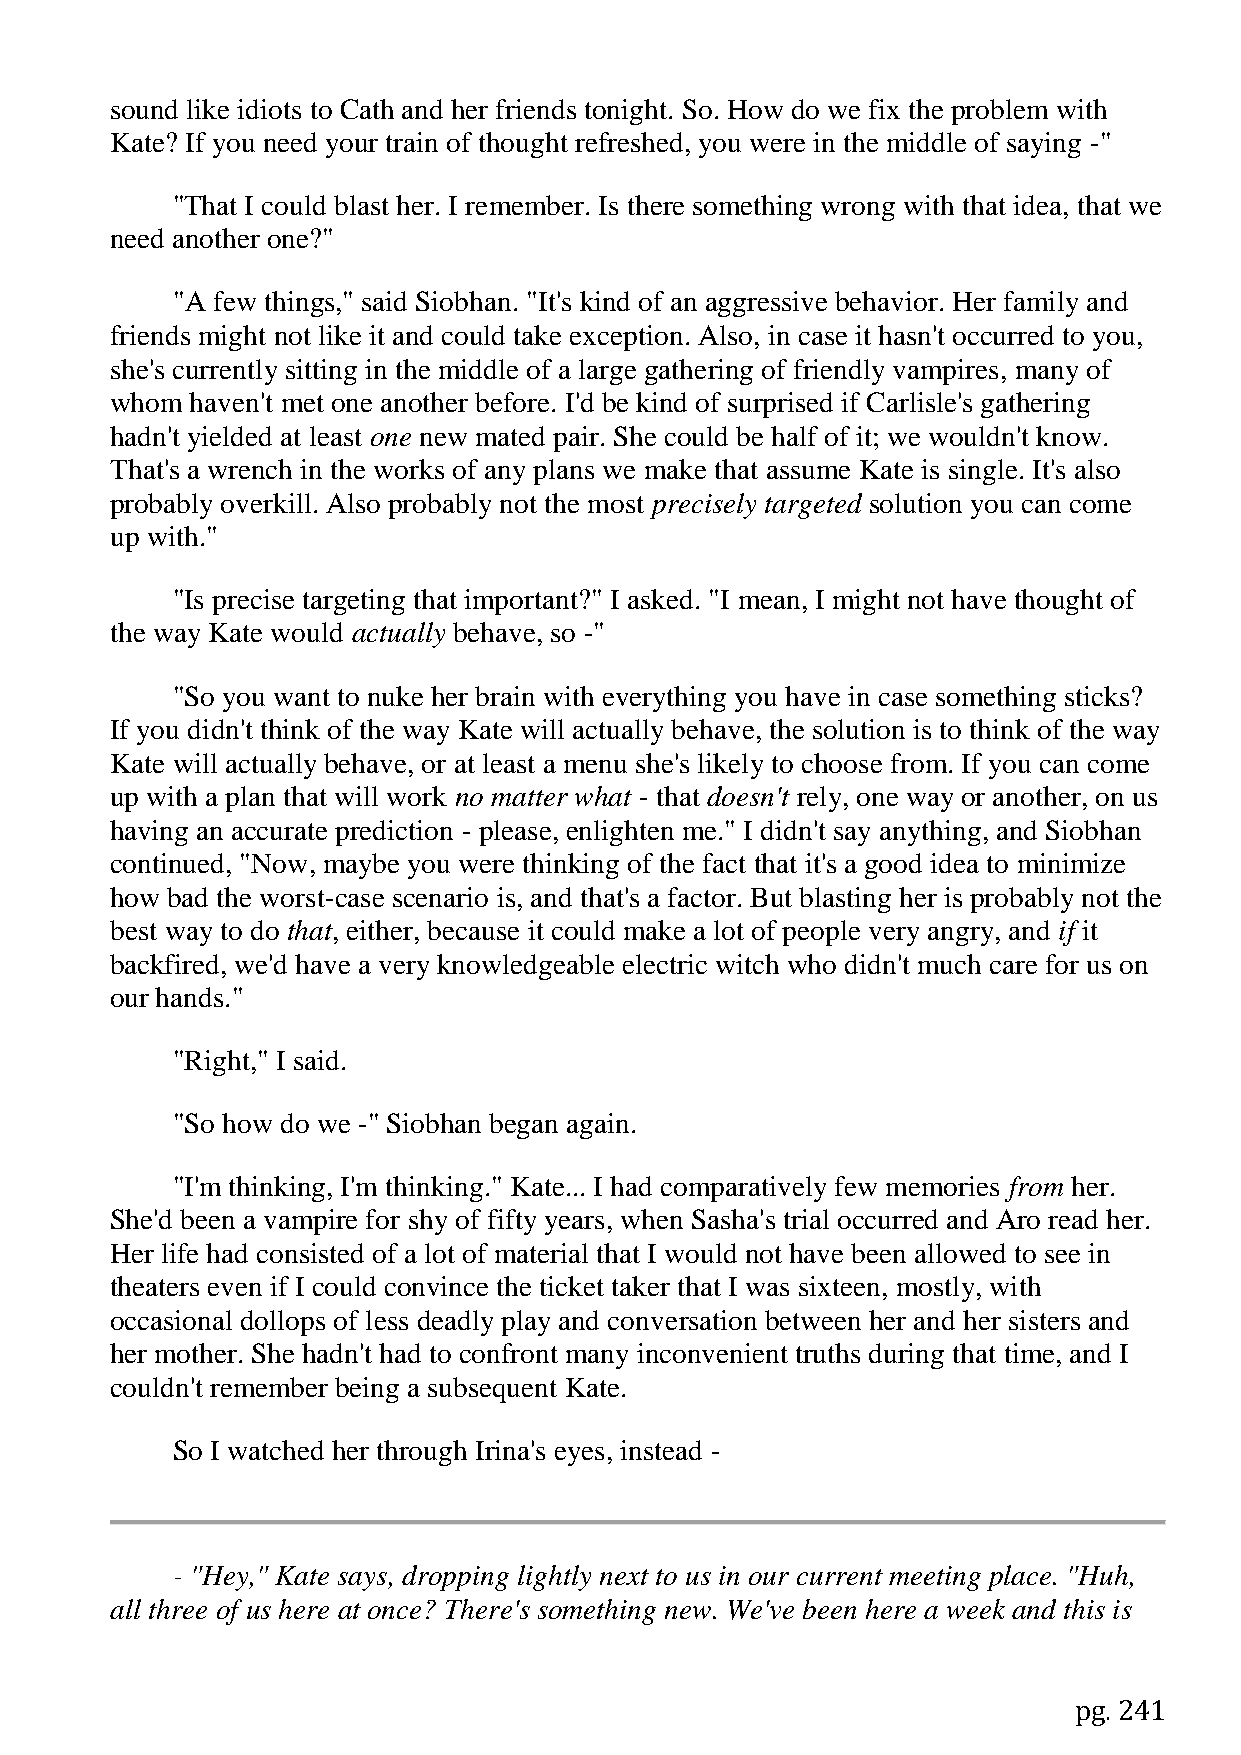
sound like idiots to Cath and her friends tonight. So. How do we fix the problem with
 Kate? If you need your train of thought refreshed, you were in the middle of saying -"
 "That I could blast her. I remember. Is there something wrong with that idea, that we
 need another one?"
 "A few things," said Siobhan. "It's kind of an aggressive behavior. Her family and
 friends might not like it and could take exception. Also, in case it hasn't occurred to you,
 she's currently sitting in the middle of a large gathering of friendly vampires, many of
 whom  haven't met one another before. I'd be kind of surprised if Carlisle's gathering
 hadn't yielded at least one new mated pair. She could be half of it; we wouldn't know.
 That's a wrench in the works of any plans we make that assume Kate is single. It's also
 probably overkill. Also probably not the most precisely targeted solution you can come
 up with."
 "Is precise targeting that important?" I asked. "I mean, I might not have thought of
 the way Kate would actually behave, so -"
 "So you want to nuke her brain with everything you have in case something sticks?
 If you didn't think of the way Kate will actually behave, the solution is to think of the way
 Kate will actually behave, or at least a menu she's likely to choose from. If you can come
 up with a plan that will work no matter what - that doesn't rely, one way or another, on us
 having an accurate prediction - please, enlighten me." I didn't say anything, and Siobhan
 continued, "Now, maybe you were thinking of the fact that it's a good idea to minimize
 how bad the worst-case scenario is, and that's a factor. But blasting her is probably not the
 best way to do that, either, because it could make a lot of people very angry, and if it
 backfired, we'd have a very knowledgeable electric witch who didn't much care for us on
 our hands."
 "Right," I said.
 "So how do we -" Siobhan began again.
 "I'm thinking, I'm thinking." Kate... I had comparatively few memories from her.
 She'd been a vampire for shy of fifty years, when Sasha's trial occurred and Aro read her.
 Her life had consisted of a lot of material that I would not have been allowed to see in
 theaters even if I could convince the ticket taker that I was sixteen, mostly, with
 occasional dollops of less deadly play and conversation between her and her sisters and
 her mother. She hadn't had to confront many inconvenient truths during that time, and I
 couldn't remember being a subsequent Kate.
 So I watched her through Irina's eyes, instead -
 - "Hey," Kate says, dropping lightly next to us in our current meeting place. "Huh,
 all three of us here at once? There's something new. We've been here a week and this is
 pg. 241